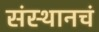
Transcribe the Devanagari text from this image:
संस्थानचं